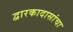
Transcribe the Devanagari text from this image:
द्वारकादासांचा